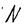
Character: N